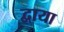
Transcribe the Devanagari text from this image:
द्वाया